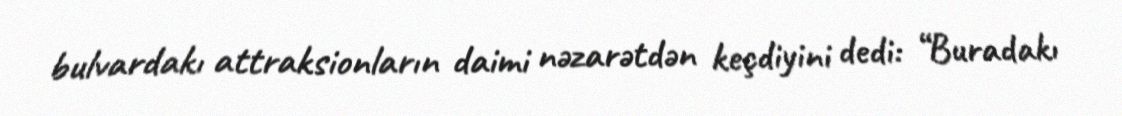
bulvardakı attraksionların daimi nəzarətdən keçdiyini dedi: “Buradakı